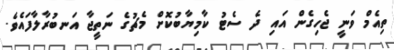
ތިއެމް ވަނީ ޖެހިގެން އައި ދެ ސެޓު ކާމިޔާބުކޮށް މެޗުގެ ނަތީޖާ އަނބުރާލާފައެވެ.